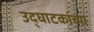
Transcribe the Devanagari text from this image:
उद्घाटकांच्या